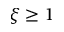
\xi \ge 1